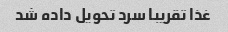
غذا تقریبا سرد تحویل داده شد